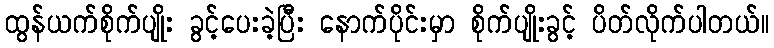
ထွန်ယက်စိုက်ပျိုး ခွင့်ပေးခဲ့ပြီး နောက်ပိုင်းမှာ စိုက်ပျိုးခွင့် ပိတ်လိုက်ပါတယ်။